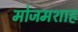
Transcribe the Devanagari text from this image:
मोजमशाह